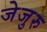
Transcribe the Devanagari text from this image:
जेजुरु